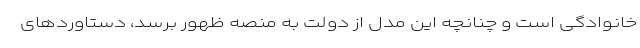
خانوادگی است و چنانچه این مدل از دولت به منصه ظهور برسد، دستاوردهای